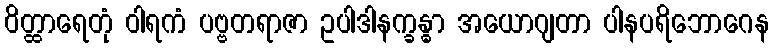
ဝိတ္ထာရေတုံ ဝါရကံ ပဗ္ဗတရာဇာ ဥပါဒါနက္ခန္ဓာ အယောဂျတာ ပါနပရိဘောဂေန